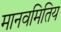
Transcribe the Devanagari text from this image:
मानवमितिय